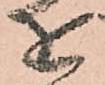
を